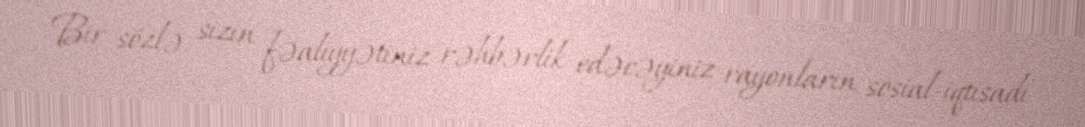
Bir sözlə, sizin fəaliyyətiniz rəhbərlik edəcəyiniz rayonların sosial-iqtisadi